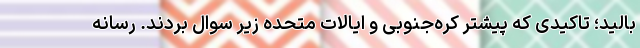
بالید؛ تاکیدی که پیشتر کره‌جنوبی و ایالات متحده زیر سوال بردند. رسانه